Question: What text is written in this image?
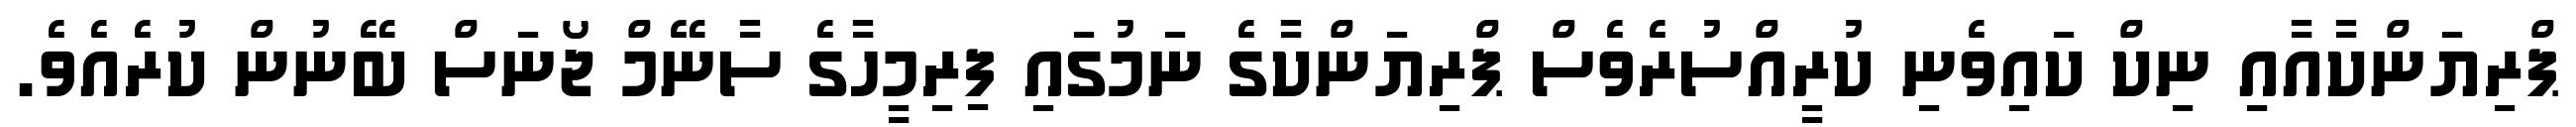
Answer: ޕްރިޔަންކާއާއި ނިކް ކައިވެނި ކުރީއްސުރެވެސް ޕްރިޔަންކާގެ ނަމުގައި ފިރިމީހާގެ ސާނޭމް ޖޯނަސް ބޭނުން ކުރެއެވެ.